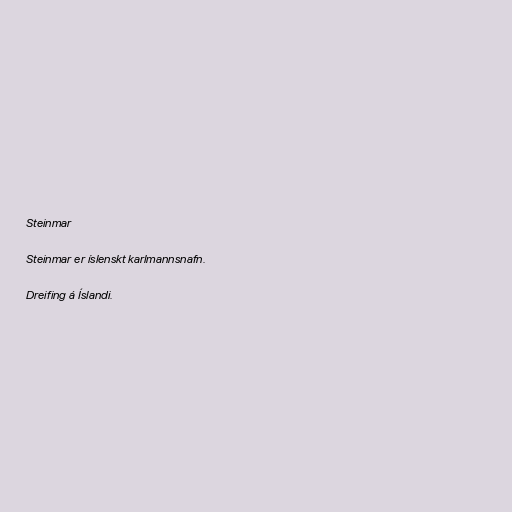
Steinmar

Steinmar er íslenskt karlmannsnafn.

Dreifing á Íslandi.